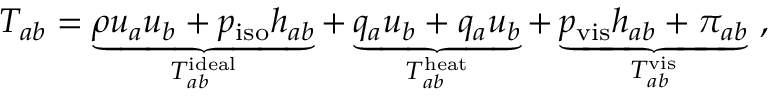
T _ { a b } = \underbrace { \rho u _ { a } u _ { b } + p _ { \mathrm { i s o } } h _ { a b } } _ { T _ { a b } ^ { \mathrm { i d e a l } } } + \underbrace { q _ { a } u _ { b } + q _ { a } u _ { b } } _ { T _ { a b } ^ { \mathrm { h e a t } } } + \underbrace { p _ { \mathrm { v i s } } h _ { a b } + \pi _ { a b } } _ { T _ { a b } ^ { \mathrm { v i s } } } ~ ,